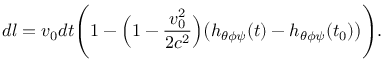
d l = v _ { 0 } d t \Biggl ( 1 - \Bigl ( 1 - \frac { v _ { 0 } ^ { 2 } } { 2 c ^ { 2 } } \Bigr ) \bigl ( h _ { \theta \phi \psi } ( t ) - h _ { \theta \phi \psi } ( t _ { 0 } ) \bigr ) \Biggr ) .